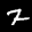
Label: 2